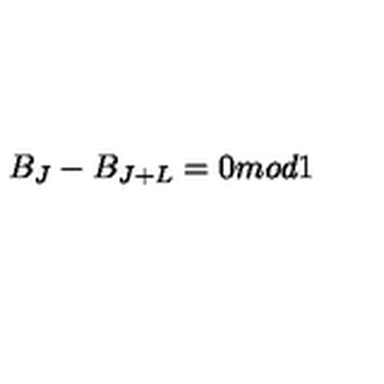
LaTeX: B _ { J } - B _ { J + L } = 0 m o d 1